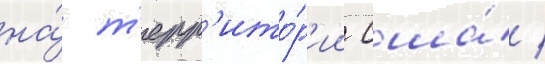
на́ т'ерр'ито́р'ии сша́ /